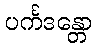
ပင်္ကဒန္တော